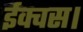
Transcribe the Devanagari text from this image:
ईक्वस।